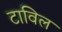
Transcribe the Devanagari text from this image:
टाविल